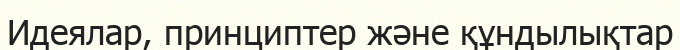
Идеялар, принциптер және құндылықтар